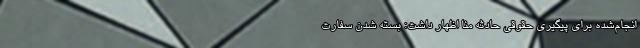
انجام‌شده برای پیگیری حقوقی حادثه منا اظهار داشت: بسته شدن سفارت